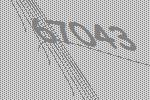
67043